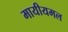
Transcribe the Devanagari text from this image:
मायीयमल